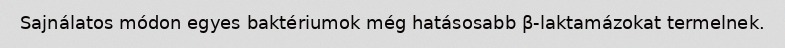
Sajnálatos módon egyes baktériumok még hatásosabb β-laktamázokat termelnek.